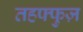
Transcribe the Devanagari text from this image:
तहफ्फुज़